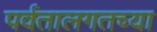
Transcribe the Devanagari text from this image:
पर्वतालगतच्या